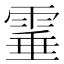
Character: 𩃒